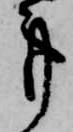
事